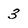
Character: 3